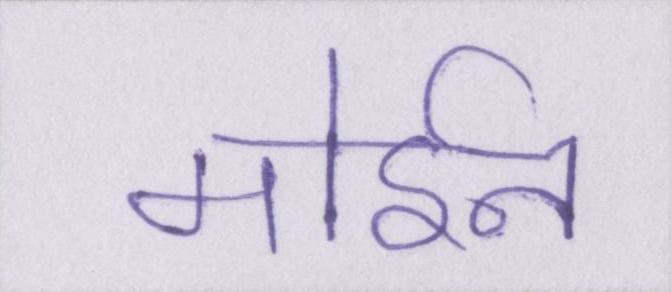
मोईन